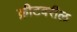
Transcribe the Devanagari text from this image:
क्रीटवरील